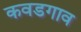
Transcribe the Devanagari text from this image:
कवडगाव